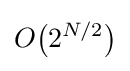
O{\big (}{2^{N/2}}{\big )}